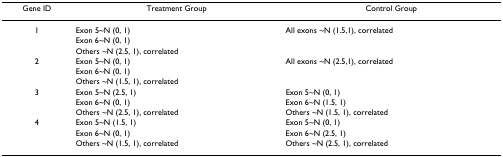
<table><thead><tr><td><b>Gene ID</b></td><td><b>Treatment Group</b></td><td><b>Control Group</b></td></tr></thead><tbody><tr><td>1</td><td>Exon 5~N (0, 1)</td><td>All exons ~N (1.5,1), correlated</td></tr><tr><td></td><td>Exon 6~N (0, 1)</td><td></td></tr><tr><td></td><td>Others ~N (2.5, 1), correlated</td><td></td></tr><tr><td>2</td><td>Exon 5~N (0, 1)</td><td>All exons ~N (2.5,1), correlated</td></tr><tr><td></td><td>Exon 6~N (0, 1)</td><td></td></tr><tr><td></td><td>Others ~N (1.5, 1), correlated</td><td></td></tr><tr><td>3</td><td>Exon 5~N (2.5, 1)</td><td>Exon 5~N (0, 1)</td></tr><tr><td></td><td>Exon 6~N (0, 1)</td><td>Exon 6~N (1.5, 1)</td></tr><tr><td></td><td>Others ~N (2.5, 1), correlated</td><td>Others ~N (1.5, 1), correlated</td></tr><tr><td>4</td><td>Exon 5~N (1.5, 1)</td><td>Exon 5~N (0, 1)</td></tr><tr><td></td><td>Exon 6~N (0, 1)</td><td>Exon 6~N (2.5, 1)</td></tr><tr><td></td><td>Others ~N (1.5, 1), correlated</td><td>Others ~N (2.5, 1), correlated</td></tr></tbody></table>